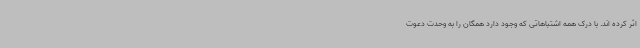
اثر کرده اند. با درک همه اشتباهاتی که وجود دارد همگان را به وحدت دعوت